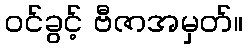
ဝင်ခွင့် ဗီဇာအမှတ်။